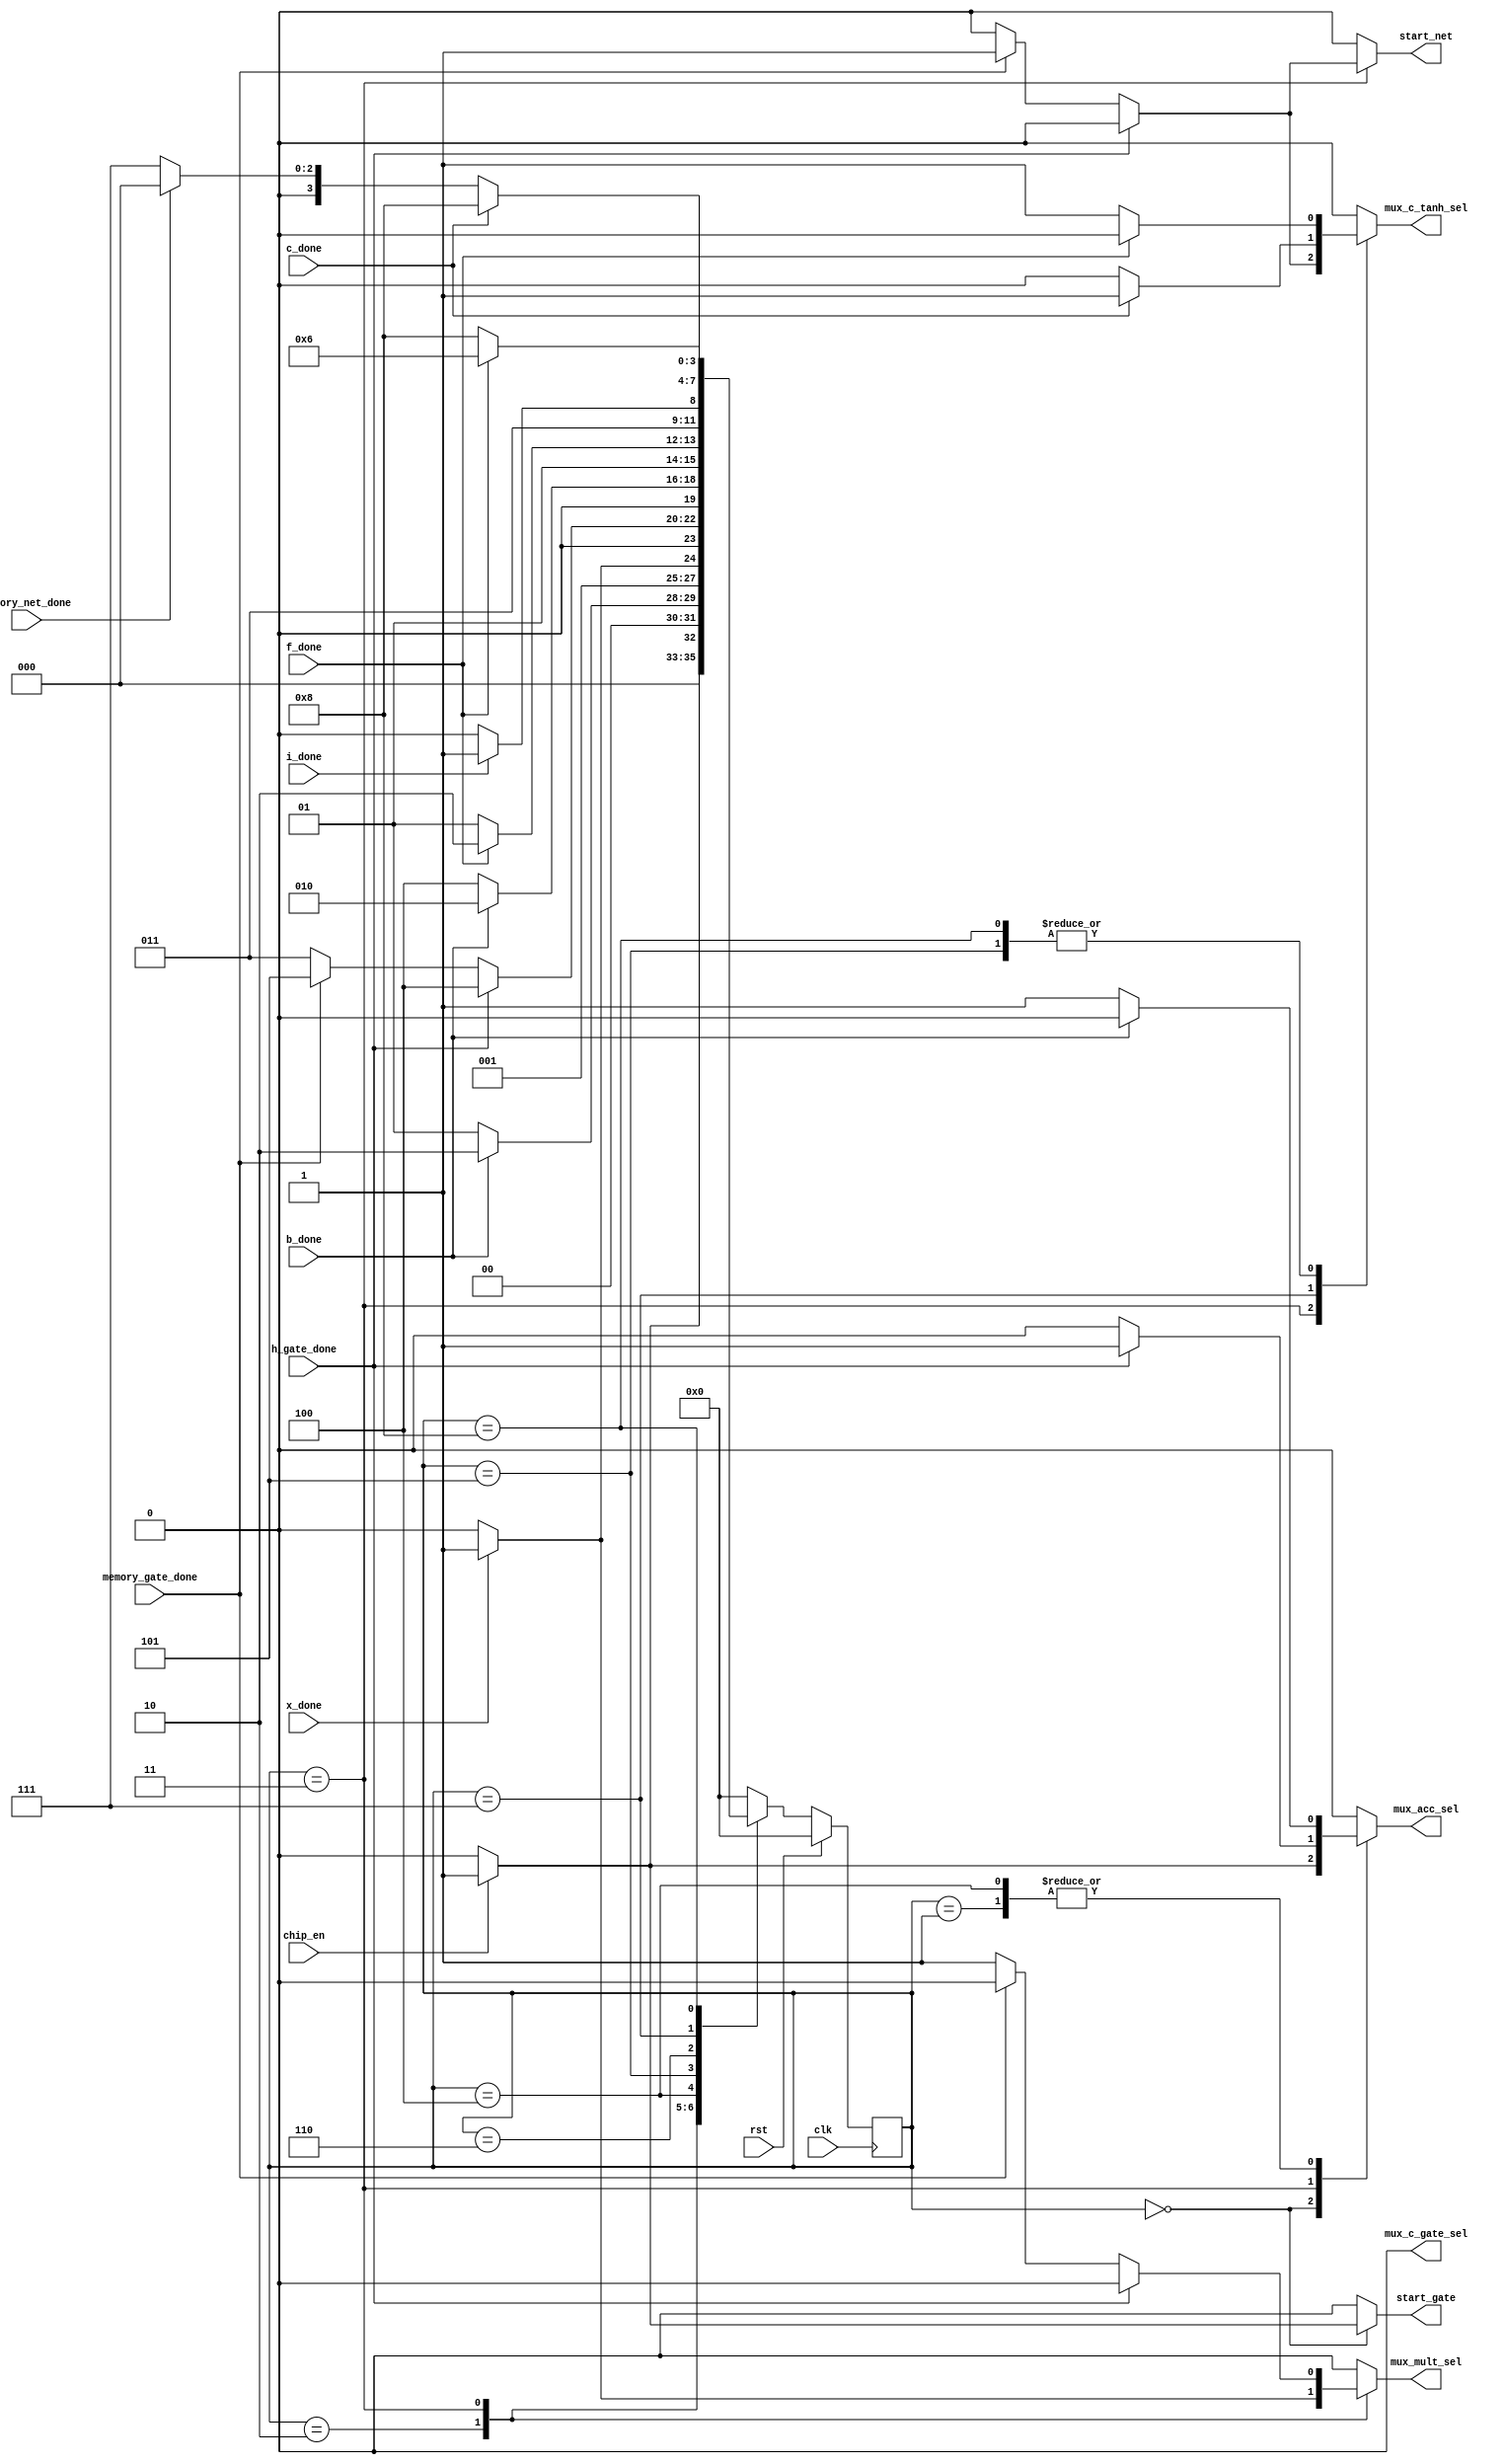
`timescale 1ns / 1ps
//////////////////////////////////////////////////////////////////////////////////
// Company: 
// Engineer: 
// 
// Design Name: 
// Module Name: controller
// Project Name: 
// Target Devices: 
// Tool Versions: 
// Description: 
// 
// Dependencies: 
// 
// Revision:
// Revision 0.01 - File Created
// Additional Comments:
// 
//////////////////////////////////////////////////////////////////////////////////


module controller(
    input clk,
    input chip_en,
    input rst,
    input x_done,
    input h_gate_done,
    input b_done,
    input i_done,
    input f_done,
    input c_done,
    input memory_gate_done,
    input memory_net_done,
    output reg mux_mult_sel = 0,
    output reg mux_acc_sel = 0,
    output reg mux_c_gate_sel = 0,
    output reg mux_c_tanh_sel = 0,
    output reg start_gate = 0,
    output reg start_net = 0
    );
    

    
       parameter S0  = 4'b0000;
       parameter S1  = 4'b0001;
       parameter S2  = 4'b0010;
       parameter S3  = 4'b0011;
       parameter S4  = 4'b0100;
       parameter S5  = 4'b0101;
       parameter S6  = 4'b0110;
       parameter S7  = 4'b0111;
       parameter S8  = 4'b1000;
//       parameter <state10> = 4'b1001;
//       parameter <state11> = 4'b1010;
//       parameter <state12> = 4'b1011;
//       parameter <state13> = 4'b1100;
//       parameter <state14> = 4'b1101;
//       parameter <state15> = 4'b1110;
//       parameter <state16> = 4'b1111;
    
       reg [3:0] present_state = S0;
       reg [3:0] next_state = S0;
       
       always @(posedge clk) begin
           if (rst) 
               present_state <= S0;
           else
               present_state <= next_state;
       end
    
       always @(*) begin
             case (present_state)
                S0 : begin
                     mux_mult_sel <= 0;
                     mux_acc_sel <= 0;
                     mux_c_gate_sel <= 0;
                     mux_c_tanh_sel <= 0;
                     start_gate <= 0;
                     start_net <= 0; 
                     if (chip_en) begin
                         mux_mult_sel <= 0;
                         mux_acc_sel <= 1;
                         mux_c_gate_sel <= 0;
                         mux_c_tanh_sel <= 0;
                         start_gate <= 1;
                         start_net <= 0;      
                         next_state <= S1;
                     end
                     else
                         next_state <= S0;
                end
                S1 : begin
                     mux_mult_sel <= 0;
                     mux_acc_sel <= 1;
                     mux_c_gate_sel <= 0;
                     mux_c_tanh_sel <= 0;
                     start_gate <= 0;
                     start_net <= 0; 
                   if (b_done) begin
                        mux_mult_sel <= 0;
                        mux_acc_sel <= 0;
                        mux_c_gate_sel <= 0;
                        mux_c_tanh_sel <= 0;
                        start_gate <= 0;
                        start_net <= 0;
                        next_state <= S2;
                   end   
                   else
                      next_state <= S1;
                end
                S2 : begin
                    mux_mult_sel <= 0;
                    mux_acc_sel <= 0;
                    mux_c_gate_sel <= 0;
                    mux_c_tanh_sel <= 0;
                    start_gate <= 0;
                    start_net <= 0;
                   if (x_done) begin
                       mux_mult_sel <= 1;
                       mux_acc_sel <= 0;
                       mux_c_gate_sel <= 0;
                       mux_c_tanh_sel <= 0;
                       start_gate <= 0;
                       start_net <= 0;
                       next_state <= S3;
                   end   
                   else
                      next_state <= S2;
                end
                S3 : begin
                   mux_mult_sel <= 1;
                   mux_acc_sel <= 0;
                   mux_c_gate_sel <= 0;
                   mux_c_tanh_sel <= 0;
                   start_gate <= 0;
                   start_net <= 0;
                   if (h_gate_done) begin
                      mux_mult_sel <= 0;
                      mux_acc_sel <= 1;
                      mux_c_gate_sel <= 0;
                      mux_c_tanh_sel <= 0;
                      start_gate <= 0;
                      start_net <= 0;
                      next_state <= S4;
                  end
                   else if (memory_gate_done) begin
                     mux_mult_sel <= 0;
                     mux_acc_sel <= 0;
                     mux_c_gate_sel <= 0;
                     mux_c_tanh_sel <= 1;
                     start_gate <= 0;
                     start_net <= 1;
                     next_state <= S5;
                   end
                   else
                      next_state <= S3;
                end
                S4 : begin
                  mux_mult_sel <= 0;
                  mux_acc_sel <= 1;
                  mux_c_gate_sel <= 0;
                  mux_c_tanh_sel <= 0;
                  start_gate <= 0;
                  start_net <= 0;
                   if (b_done) begin
                     mux_mult_sel <= 0;
                     mux_acc_sel <= 0;
                     mux_c_gate_sel <= 0;
                     mux_c_tanh_sel <= 0;
                     start_gate <= 0;
                     start_net <= 0;
                     next_state <= S2;
                  end
                   else
                      next_state <= S4;
                end
                S5 : begin
                     mux_mult_sel <= 0;
                     mux_acc_sel <= 0;
                     mux_c_gate_sel <= 0;
                     mux_c_tanh_sel <= 1;
                     start_gate <= 0;
                     start_net <= 0;
                   if (f_done) begin
                       mux_mult_sel <= 0;
                       mux_acc_sel <= 0;
                       mux_c_gate_sel <= 0;
                       mux_c_tanh_sel <= 0;
                       start_gate <= 0;
                       start_net <= 0;
                       next_state <= S6;
                      end
                   else
                      next_state <= S5;
                end
                S6 : begin
                   mux_mult_sel <= 0;
                   mux_acc_sel <= 0;
                   mux_c_gate_sel <= 0;
                   mux_c_tanh_sel <= 0;
                   start_gate <= 0;
                   start_net <= 0;
                   if (i_done) begin
                      mux_mult_sel <= 0;
                      mux_acc_sel <= 0;
                      mux_c_gate_sel <= 0;
                      mux_c_tanh_sel <= 0;
                      start_gate <= 0;
                      start_net <= 0;
                      next_state <= S7;
                  end
                   else
                      next_state <= S6;
                end
                S7 : begin
                  mux_mult_sel <= 0;
                  mux_acc_sel <= 0;
                  mux_c_gate_sel <= 0;
                  mux_c_tanh_sel <= 0;
                  start_gate <= 0;
                  start_net <= 0;
                   if (c_done) begin
                     mux_mult_sel <= 0;
                     mux_acc_sel <= 0;
                     mux_c_gate_sel <= 0;
                     mux_c_tanh_sel <= 1;
                     start_gate <= 0;
                     start_net <= 0;
                      next_state <= S8;
                  end
                   else if (memory_net_done) begin
                        mux_mult_sel <= 0;
                        mux_acc_sel <= 0;
                        mux_c_gate_sel <= 0;
                        mux_c_tanh_sel <= 0;
                        start_gate <= 0;
                        start_net <= 0;
                        next_state <= S0;
                      end
                   else
                      next_state <= S7;
                end
                S8 : begin
                     mux_mult_sel <= 0;
                     mux_acc_sel <= 0;
                     mux_c_gate_sel <= 0;
                     mux_c_tanh_sel <= 1;
                     start_gate <= 0;
                     start_net <= 0;
                   if (f_done) begin
                        mux_mult_sel <= 0;
                        mux_acc_sel <= 0;
                        mux_c_gate_sel <= 0;
                        mux_c_tanh_sel <= 0;
                        start_gate <= 0;
                        start_net <= 0;
                        next_state <= S6;
                    end
                   else
                      next_state <= S8;
                end
                default : begin
                     mux_mult_sel <= 0;
                     mux_acc_sel <= 0;
                     mux_c_gate_sel <= 0;
                     mux_c_tanh_sel <= 0;
                     start_gate <= 0;
                     start_net <= 0; 
                     next_state <= S0;
                end
             endcase
        end
    


       // Add other output equations as necessary
                                
                            
endmodule